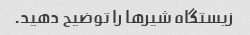
زیستگاه شیرها را توضیح دهید.